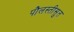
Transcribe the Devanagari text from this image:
पौलस्तीसुत